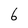
Character: 6